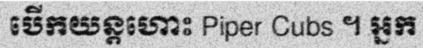
បើកយន្តហោះ Piper Cubs ។ អ្នក